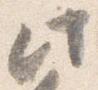
此